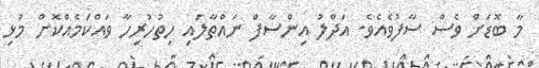
މާ ބޮޑަށް ވެސް ސާފުވެއެވެ. އަދްލު އިންސާފް ނައްތާލައި ހިތުހުރިހާ ވައްކަމެއްކޮށް މުޅި